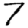
Digit: 7